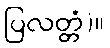
ပြလတ္တံ)။